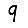
Digit: 9